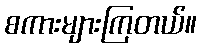
စကားများကြတယ်။